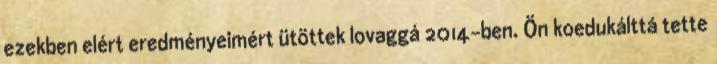
ezekben elért eredményeimért ütöttek lovaggá 2014-ben. Ön koedukálttá tette